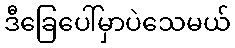
ဒီခြေပေါ်မှာပဲသေမယ်